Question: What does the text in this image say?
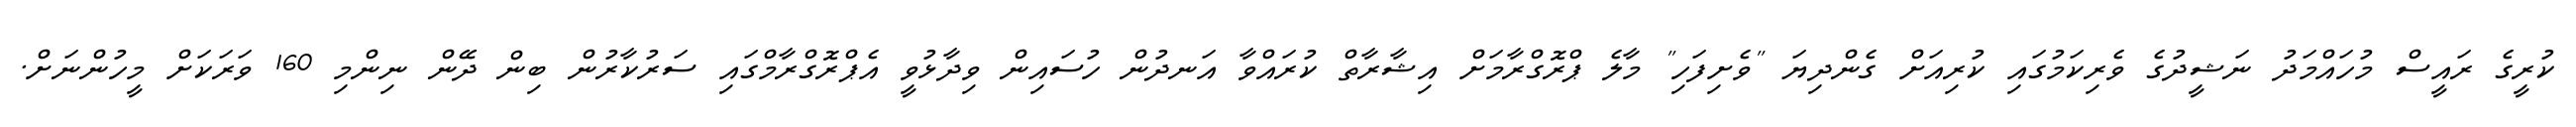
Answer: ކުރީގެ ރައީސް މުހައްމަދު ނަޝީދުގެ ވެރިކަމުގައި ކުރިއަށް ގެންދިޔަ "ވެށިފަހި" މާލެ ޕްރޮގްރާމަށް އިޝާރާތް ކުރައްވާ އަނދުން ހުސައިން ވިދާޅުވީ އެޕްރޮގްރާމްގައި ސަރުކާރުން ބިން ދޭން ނިންމި 160 ވަރަކަށް މީހުންނަށް.